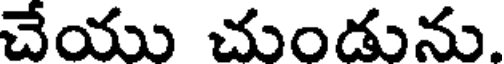
చేయు చుండును.